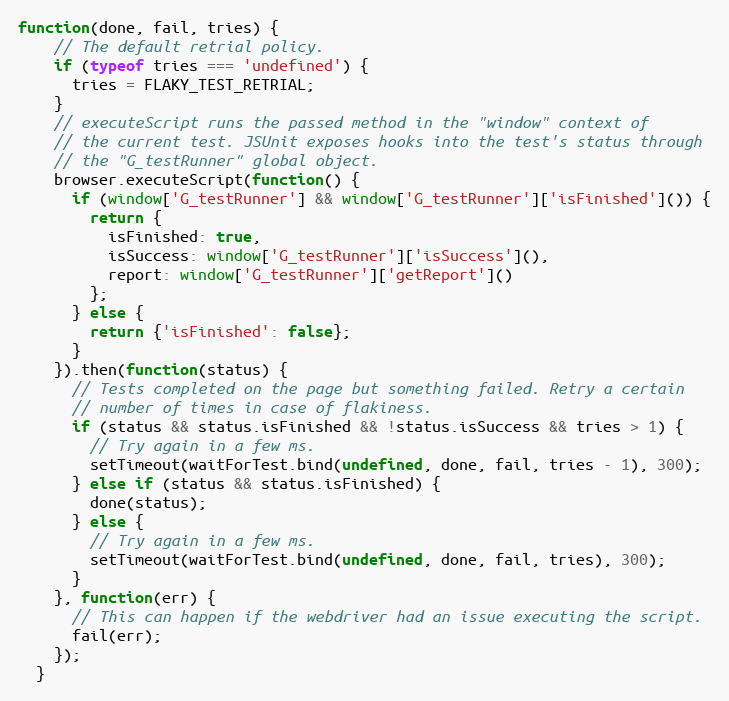
Language: JavaScript
function(done, fail, tries) {
    // The default retrial policy.
    if (typeof tries === 'undefined') {
      tries = FLAKY_TEST_RETRIAL;
    }
    // executeScript runs the passed method in the "window" context of
    // the current test. JSUnit exposes hooks into the test's status through
    // the "G_testRunner" global object.
    browser.executeScript(function() {
      if (window['G_testRunner'] && window['G_testRunner']['isFinished']()) {
        return {
          isFinished: true,
          isSuccess: window['G_testRunner']['isSuccess'](),
          report: window['G_testRunner']['getReport']()
        };
      } else {
        return {'isFinished': false};
      }
    }).then(function(status) {
      // Tests completed on the page but something failed. Retry a certain
      // number of times in case of flakiness.
      if (status && status.isFinished && !status.isSuccess && tries > 1) {
        // Try again in a few ms.
        setTimeout(waitForTest.bind(undefined, done, fail, tries - 1), 300);
      } else if (status && status.isFinished) {
        done(status);
      } else {
        // Try again in a few ms.
        setTimeout(waitForTest.bind(undefined, done, fail, tries), 300);
      }
    }, function(err) {
      // This can happen if the webdriver had an issue executing the script.
      fail(err);
    });
  }